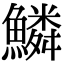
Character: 鱗